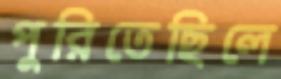
পুরিতেছিলে